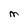
Character: M